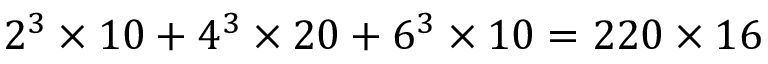
2 ^ { 3 } \times 1 0 + 4 ^ { 3 } \times 2 0 + 6 ^ { 3 } \times 1 0 = 2 2 0 \times 1 6